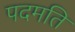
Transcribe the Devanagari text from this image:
पदमति